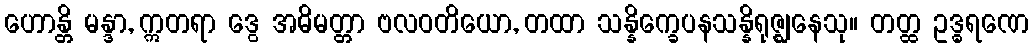
ဟောန္တိ မန္ဒာ, ဣတရာ ဒွေ အဓိမတ္တာ ဗလဝတိယော, တထာ သန္နိက္ခေပနသန္နိရုဇ္ဈနေသု။ တတ္ထ ဥဒ္ဓရဏေ